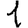
Digit: 1